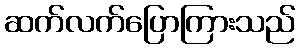
ဆက်လက်ပြောကြားသည်